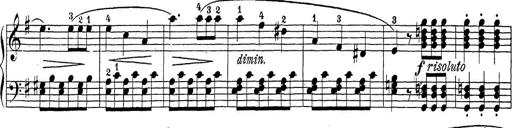
Title: Sonatina Album
Composer: Louis KÃ¶hler